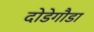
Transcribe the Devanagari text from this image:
दोडेगौडा